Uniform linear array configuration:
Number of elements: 32
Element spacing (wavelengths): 0.5
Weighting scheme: blackman
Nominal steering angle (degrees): -15
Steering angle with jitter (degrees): -14.844
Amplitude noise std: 0.05
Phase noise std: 0.05

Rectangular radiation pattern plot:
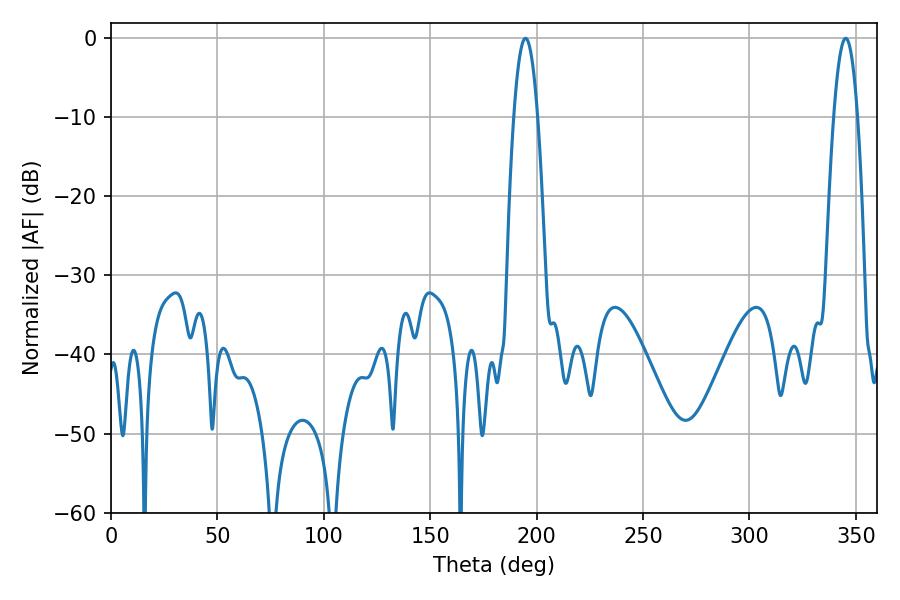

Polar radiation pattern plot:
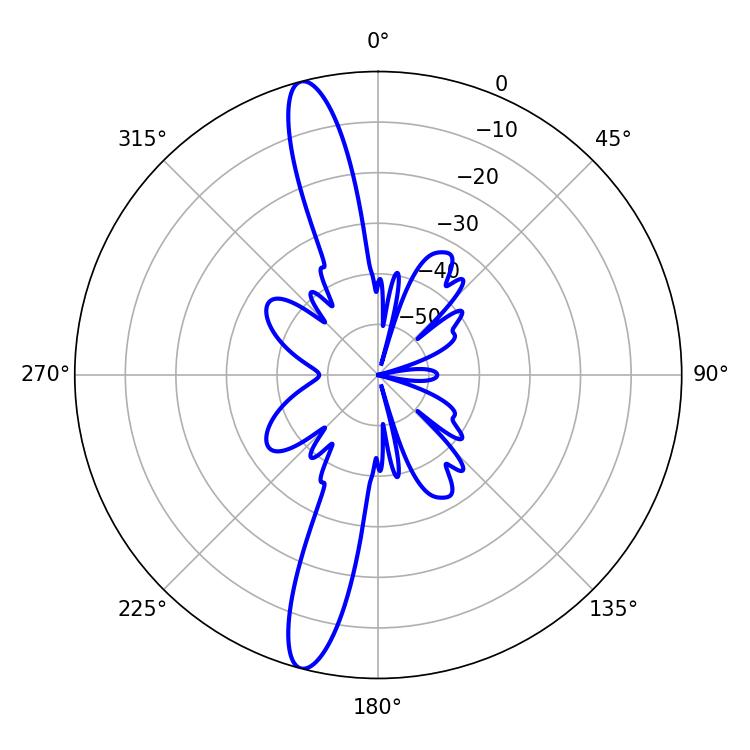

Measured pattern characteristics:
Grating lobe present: FALSE
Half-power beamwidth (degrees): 6.12
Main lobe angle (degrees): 194.76